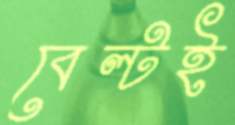
বেল্টই